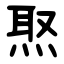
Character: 焣